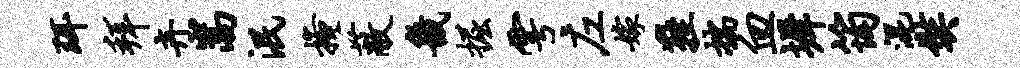
珥拜卉嵩泯掩蔽畿掘雩左嫁鞋揣血墀筠混奘